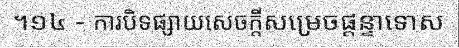
។១៤ - ការបិទផ្សាយសេចក្តីសម្រេចផ្តន្ទាទោស